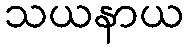
သယနာယ